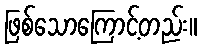
ဖြစ်သောကြောင့်တည်း။